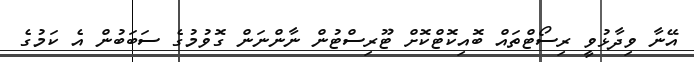
އޭނާ ވިދާޅުވީ ރިސޯޓްތައް ބޮއިކޮޓްކޮށް ޓޫރިސްޓުން ނާންނަން ގޮވުމުގެ ސަބަބުން އެ ކަމުގެ